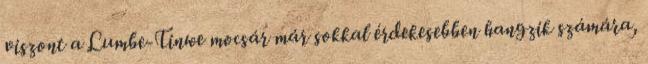
viszont a Lumbe-Tinwe mocsár már sokkal érdekesebben hangzik számára,